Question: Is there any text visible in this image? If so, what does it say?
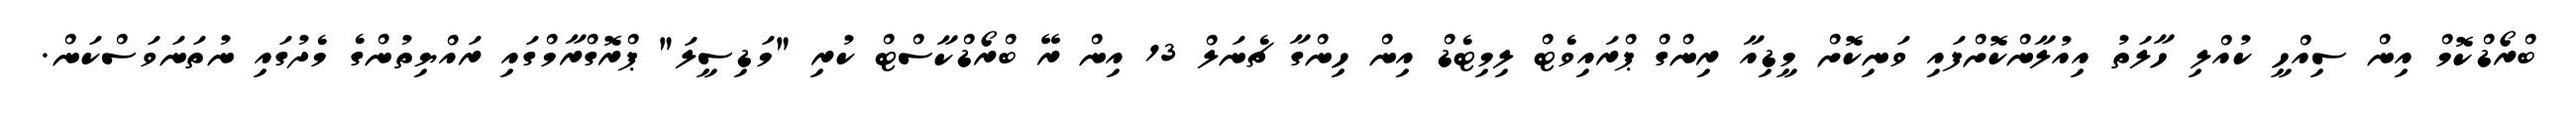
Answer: ބްރޯޑްކޮމް އިން ސިއްހީ ކުއްލި ހާލަތު އިއުލާންކޮށްފައި ވަނިކޮށް މީޑިއާ ރިންގް ޕްރައިވެޓް ލިމިޓެޑް އިން ހިންގާ ޗެނަލް 13 އިން ރޭ ބްރޯޑްކާސްޓް ކުރި "މަޑިސީލަ" ޕްރޮގްރާމްގައި ރައްޔިތުންގެ މެދުގައި ނުތަނަވަސްކަން.